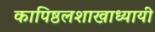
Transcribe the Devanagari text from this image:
कापिष्ठलशाखाध्यायी